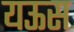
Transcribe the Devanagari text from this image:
यऊस